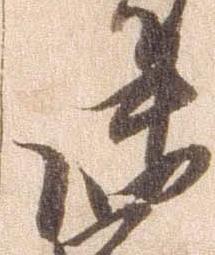
御